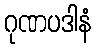
ဂုဏပဒါနံ